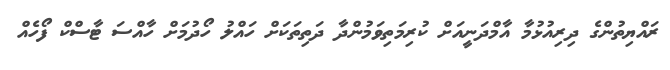
ރައްޔިތުންގެ ދިރިއުޅުމާ އާމްދަނީއަށް ކުރިމަތިވަމުންދާ ދަތިތަކަށް ހައްލު ހޯދުމަށް ހާއްސަ ޓާސްކް ފޯހެއް